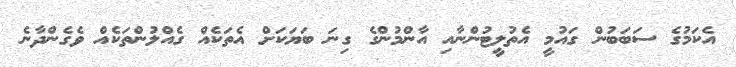
އެކަމުގެ ސަބަބުން ގައުމީ އެތުލީޓުންނާއި އާންމުންގެ ގިނަ ބަޔަކަށް އެތަކެއް ގެއްލުންތަކެއް ވެގެންދާނެ